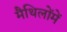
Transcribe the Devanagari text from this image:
मैथिलोंमें